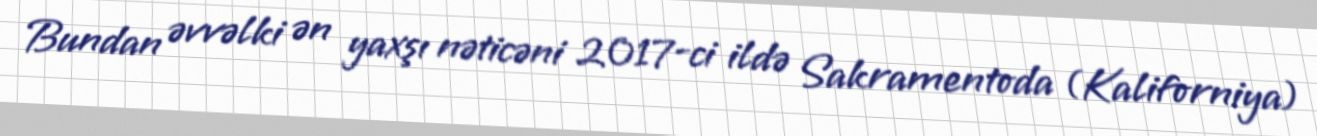
Bundan əvvəlki ən yaxşı nəticəni 2017-ci ildə Sakramentoda (Kaliforniya)